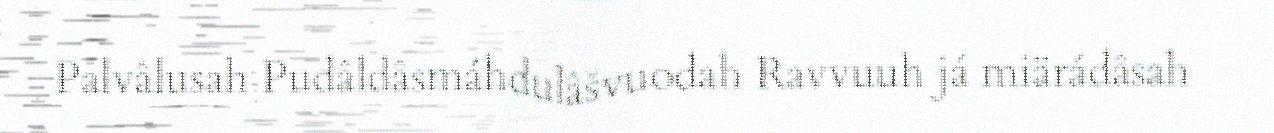
Palvâlusah Pudâldâsmáhdulâšvuodah Ravvuuh já miärádâsah